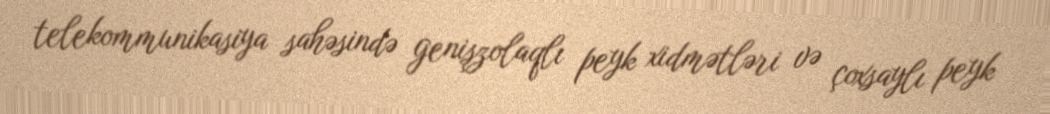
telekommunikasiya sahəsində genişzolaqlı peyk xidmətləri və çoxsaylı peyk